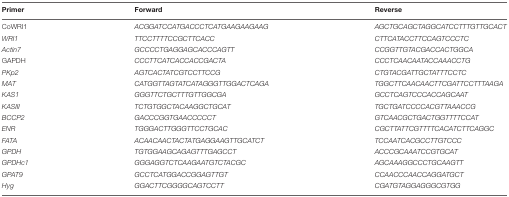
<table><thead><tr><td><b>Primer</b></td><td><b>Forward</b></td><td><b>Reverse</b></td></tr></thead><tbody><tr><td>CoWRI1</td><td><i>ACGGATCCATGACCCTCATGAAGAAGAAG</i></td><td><i>AGCTGCAGCTAGGCATCCTTTGTTGCACT</i></td></tr><tr><td><i>WRI1</i></td><td><i>TTCCTTTTCCGCTTCACC</i></td><td><i>CTTCATACCTTCCAGTCCCTC</i></td></tr><tr><td><i>Actin7</i></td><td><i>GCCCCTGAGGAGCACCCAGTT</i></td><td><i>CCGGTTGTACGACCACTGGCA</i></td></tr><tr><td>GAPDH</td><td><i>CCCTTCATCACCACCGACTA</i></td><td><i>CCCTCAACAATACCAAACCTG</i></td></tr><tr><td><i>PKp2</i></td><td><i>AGTCACTATCGTCCTTCCG</i></td><td><i>CTGTACGATTGCTATTTCCTC</i></td></tr><tr><td><i>MAT</i></td><td><i>CATGGTTAGTATCATAGGGTTGGACTCAGA</i></td><td><i>TGGCTTCAACAACTTCGATTCCTTTAAGA</i></td></tr><tr><td><i>KAS1</i></td><td><i>GGGTTCTGCTTTGTTGGCGA</i></td><td><i>GCCTCAGTCCCACCAGCAAT</i></td></tr><tr><td><i>KASIII</i></td><td><i>TCTGTGGCTACAAGGCTGCAT</i></td><td><i>TGCTGATCCCCACGTTAAACCG</i></td></tr><tr><td><i>BCCP2</i></td><td><i>GACCCGGTGAACCCCCT</i></td><td><i>GTCAACGCTGACTGGTTTTCCAT</i></td></tr><tr><td><i>ENR</i></td><td><i>TGGGACTTGGGTTCCTGCAC</i></td><td><i>CGCTTATTCGTTTTCACATCTTCAGGC</i></td></tr><tr><td><i>FATA</i></td><td><i>ACAACAACTACTATGAGGAAGTTGCATCT</i></td><td><i>TCCAATCACGCCTTGTCCC</i></td></tr><tr><td><i>GPDH</i></td><td><i>TGTGGAAGCAGAGTTTGAGCCT</i></td><td><i>ACCCGCAAATCCGTGCAT</i></td></tr><tr><td><i>GPDHc1</i></td><td><i>GGGAGGTCTCAAGAATGTCTACGC</i></td><td><i>AGCAAAGGCCCTGCAAGTT</i></td></tr><tr><td><i>GPAT9</i></td><td><i>GCCTCATGGACCGGAGTTGT</i></td><td><i>CCAACCCAACCAGGATGCT</i></td></tr><tr><td><i>Hyg</i></td><td><i>GGACTTCGGGGCAGTCCTT</i></td><td><i>CGATGTAGGAGGGCGTGG</i></td></tr></tbody></table>